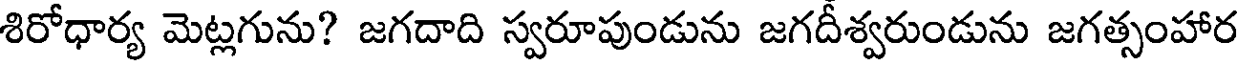
శిరోధార్య మెట్లగును? జగదాది స్వరూపుండును జగదీశ్వరుండును జగత్సంహార